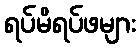
ရပ်မိရပ်ဖများ